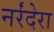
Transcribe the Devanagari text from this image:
नर्रंदेरा